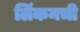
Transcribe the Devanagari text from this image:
लिंकनची